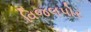
વિજલપોર